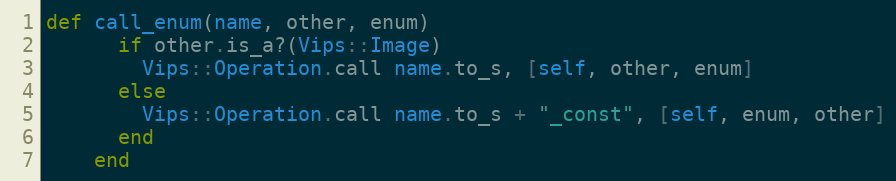
Language: Ruby
def call_enum(name, other, enum)
      if other.is_a?(Vips::Image)
        Vips::Operation.call name.to_s, [self, other, enum]
      else
        Vips::Operation.call name.to_s + "_const", [self, enum, other]
      end
    end